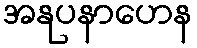
အနုပနာဟေန